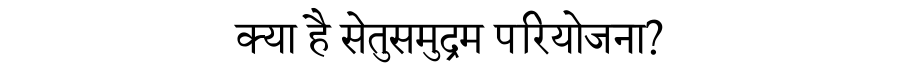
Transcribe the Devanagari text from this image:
क्या है सेतुसमुद्रम परियोजना?